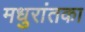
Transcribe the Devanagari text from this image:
मधुरांतका